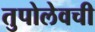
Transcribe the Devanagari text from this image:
तुपोलेवची